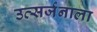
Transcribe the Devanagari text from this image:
उत्सर्जनाला